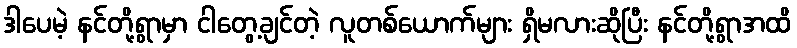
ဒါပေမဲ့ နင်တို့ရွာမှာ ငါတွေ့ချင်တဲ့ လူတစ်ယောက်များ ရှိမလားဆိုပြီး နင်တို့ရွာအထိ